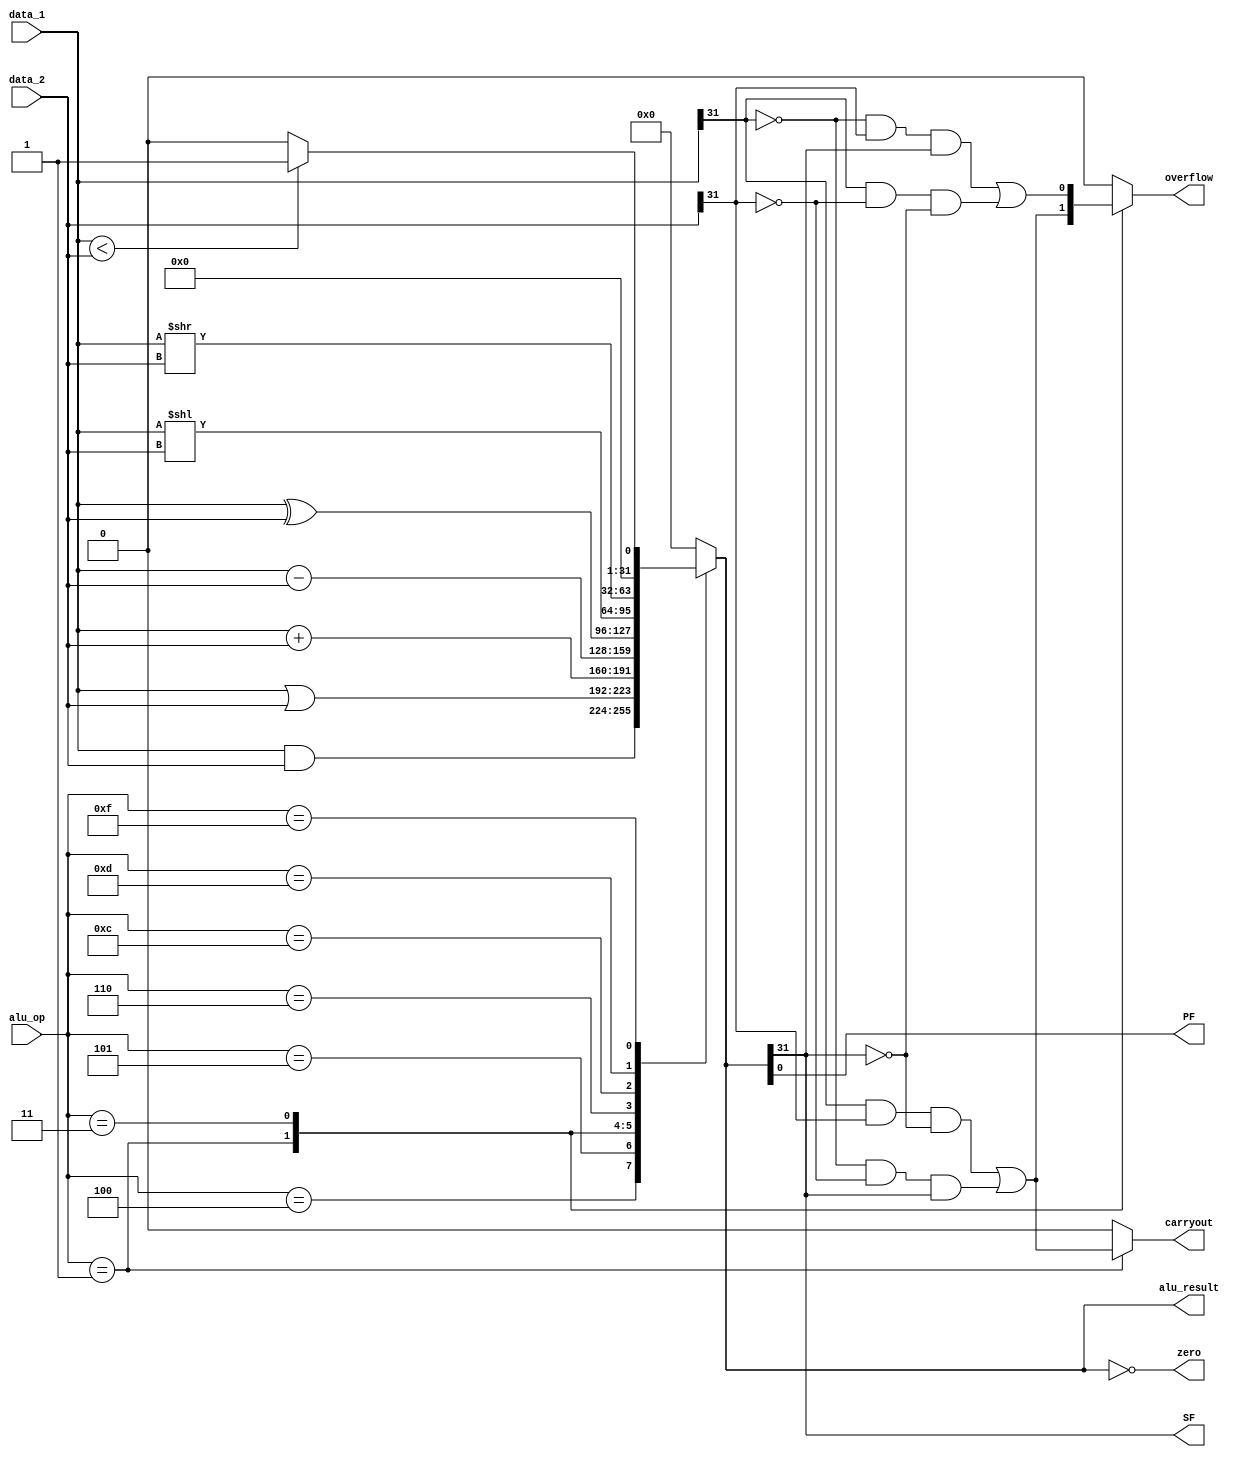
module alu(
	input               [31:0]  data_1,
	input               [31:0]  data_2,
	input               [3:0]   alu_op,

	output                      zero,//0
	output      reg     [31:0]  alu_result,
	output		reg				overflow,//
	output		reg				carryout,//
	output						PF,//
	output						SF//


    );
	
	parameter   ADD = 4'b0001,
			    SUB = 4'b0011,
			    AND = 4'b0100,
			    OR  = 4'b0101,
			    XOR = 4'b0110,
			    SLL = 4'b1100,
			    SLTU= 4'b1000,
                SRL = 4'b1101,
				COM = 4'b1111;
	always@(*)begin
		case(alu_op)
			AND : alu_result = data_1 & data_2;
			OR  : alu_result = data_1 | data_2;
			ADD : alu_result = data_1 + data_2;
			SUB : alu_result = data_1 - data_2;
			XOR : alu_result = data_1 ^ data_2;
			SLL : alu_result = data_1 << data_2;
			SRL : alu_result = data_1 >> data_2;
			COM : alu_result = data_1 < data_2 ? 1 : 0;
			default:alu_result = 32'd0;
		endcase
	end

	assign zero = (alu_result == 32'b0);

	always@(*)begin
		case (alu_op)
			ADD: overflow <= (data_1[31] & data_2[31] & ~alu_result[31])|
							 (~data_1[31] & ~data_2[31] & alu_result[31]);
			SUB: overflow <= (~data_1[31] & data_2[31] & alu_result[31])|
							 (data_1[31] & ~data_2[31] & ~alu_result[31]);
			default: overflow <= 1'B0;
		endcase
	end

		always@(*)begin
		case (alu_op)
			ADD: carryout <= (data_1[31] & data_2[31] & ~alu_result[31])|
							 (~data_1[31] & ~data_2[31] & alu_result[31]);
			default: carryout <= 1'B0;
		endcase
	end

	assign PF = alu_result[0];
	assign SF = alu_result[31];
	
endmodule